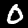
Digit: 0